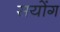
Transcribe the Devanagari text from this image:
सयोंग